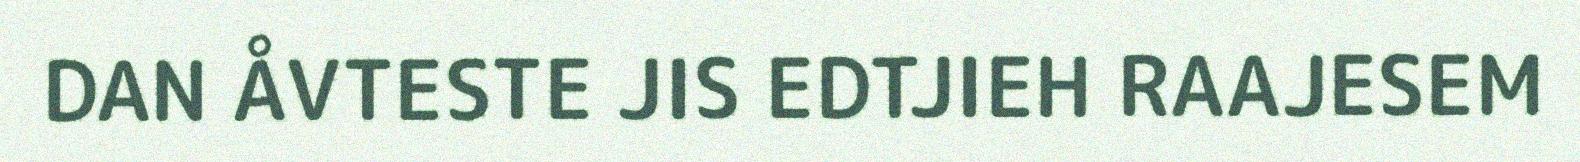
DAN ÅVTESTE JIS EDTJIEH RAAJESEM